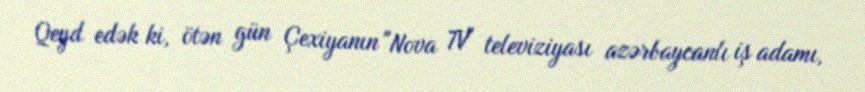
Qeyd edək ki, ötən gün Çexiyanın "Nova TV" televiziyası azərbaycanlı iş adamı,